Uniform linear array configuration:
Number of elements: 4
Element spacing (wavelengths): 0.5
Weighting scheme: exponential
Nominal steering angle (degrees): -30
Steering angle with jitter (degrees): -30.678
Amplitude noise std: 0.05
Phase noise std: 0.05

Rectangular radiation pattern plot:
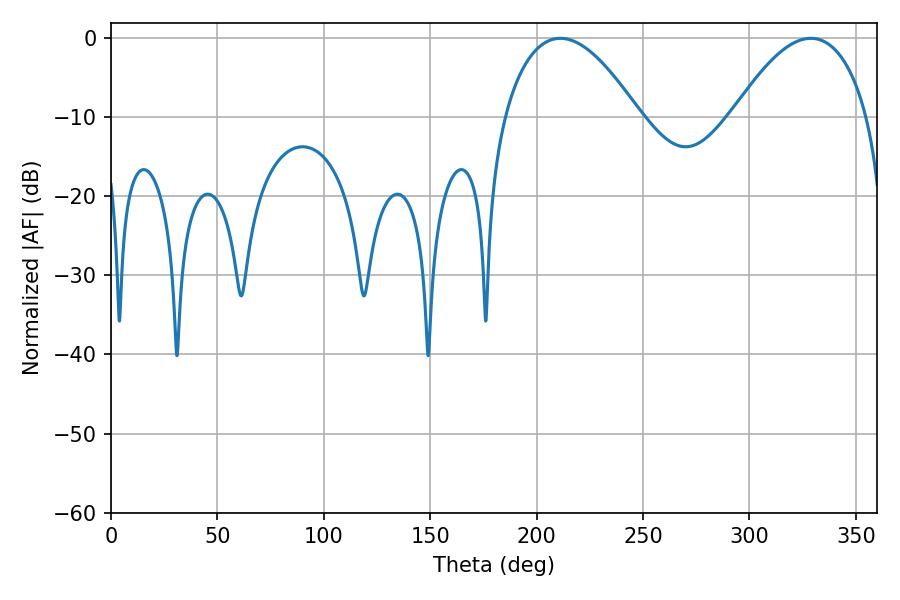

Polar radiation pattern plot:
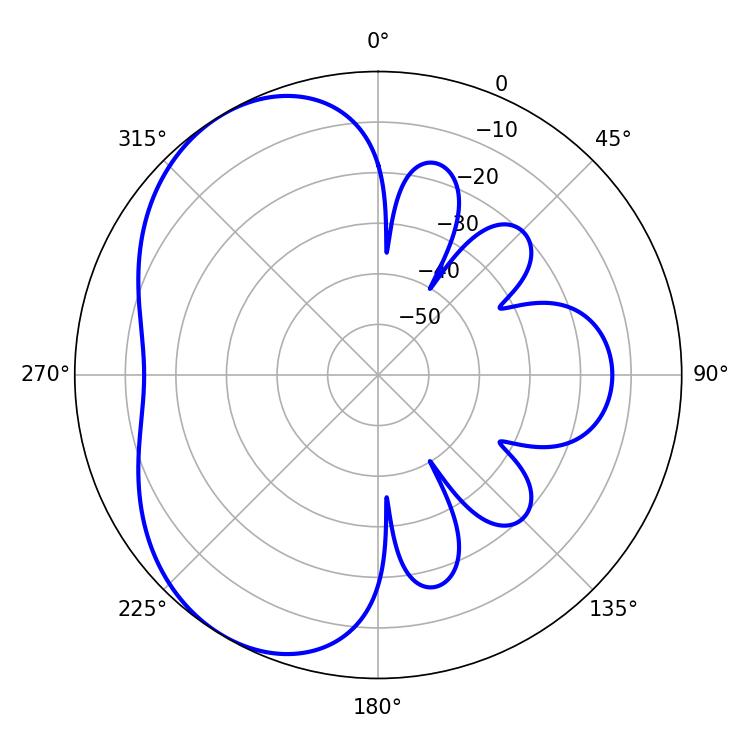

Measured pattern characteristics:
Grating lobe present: FALSE
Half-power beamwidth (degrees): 34.92
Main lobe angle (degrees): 211.14